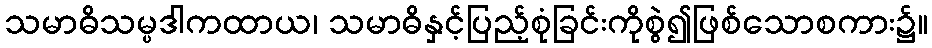
သမာဓိသမ္ပဒါကထာယ၊ သမာဓိနှင့်ပြည့်စုံခြင်းကိုစွဲ၍ဖြစ်သောစကား၌။